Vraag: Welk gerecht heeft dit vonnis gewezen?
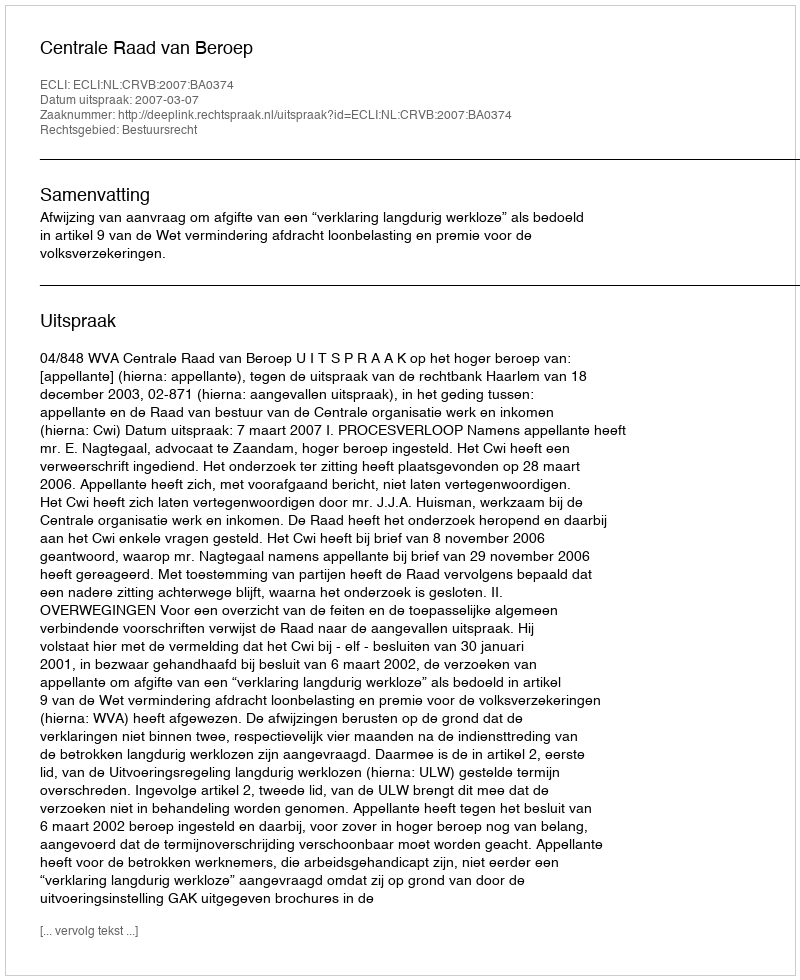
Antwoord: Centrale Raad van Beroep